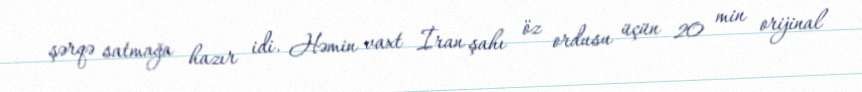
şərqə satmağa hazır idi. Həmin vaxt İran şahı öz ordusu üçün 20 min orijinal